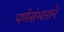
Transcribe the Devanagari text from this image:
पर्णसंभाराने